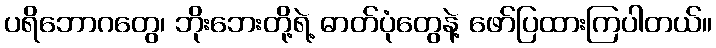
ပရိဘောဂတွေ၊ ဘိုးဘေးတို့ရဲ့ ဓာတ်ပုံတွေနဲ့ ဖော်ပြထားကြပါတယ်။